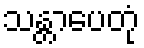
သန္တာပေတုံ